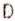
D